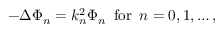
- \Delta \Phi _ { n } = k _ { n } ^ { 2 } \Phi _ { n } \, \, \, \mathrm { f o r } \, \, \, n = 0 , 1 , \ldots ,